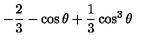
- \frac { 2 } { 3 } - \cos \theta + \frac { 1 } { 3 } \cos ^ { 3 } \theta